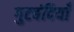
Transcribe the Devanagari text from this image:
गुटबंदियाँ